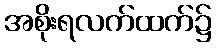
အစိုးရလက်ထက်၌